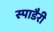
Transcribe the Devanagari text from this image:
स्पाडैरी